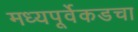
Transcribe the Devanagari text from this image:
मध्यपूर्वेकडचा